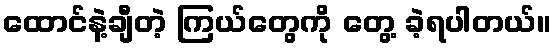
ထောင်နဲ့ချီတဲ့ ကြယ်တွေကို တွေ့ ခဲ့ရပါတယ်။